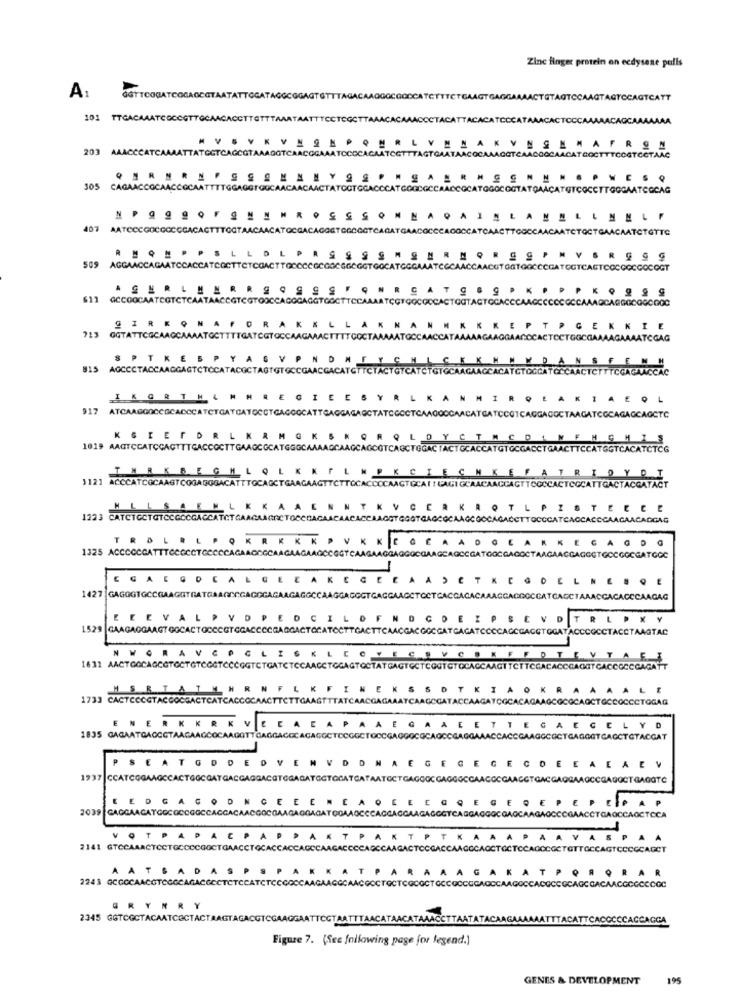
Zinc finger protein on ecdysene pulls
A1
ACAQCAA
MVS VKY NON
L
203 AAACCCATCAAAATTATGGTCAGCGTAAADGTCAACOG
COCAAAGOTCAACOCCAACATGOOTTTCOGTCCTAAC
WC
305 CAGAACCOCAACCOCAATTTTGGAGGTGUCA
CAACAACTATOOT
CATGGOCOGT
CATGTCOCCTTGOGAATCGCAG
NPQQQQFENNNR
HLANELINNLF
AATCCCGOCGOCCCACACTTTOGTAACAACATOCGACA
ETCCCCCTCAGAT
COCCCACOCCATCAACTTGGCCAACAATCTOCTGAACAATCTGTTC
REQ EPPS LLO L PI
509
AGGAACCAGAATCCACCATCOCTTCTCGACTTGOCCCGCGGGGGGGGTGOC
ASERLENRRSOSSS
@CCOOCAATCGTCTCAATAACCGTCGTOOCCAG
COTAGTOCACCCAAGCCCCCCCCAAAQCAGGGGGGGG00
213
BIRKONA
KEPTPGEKKIE
GGTATTCGCAAGCAAAATGOTTTTGATCGTO
AGAAGGAACCCACTOCTGGCGAAAAGAAAATCGAG
SPTKESPYAGV
MWDANSFEN
815
AGCCCTACCAAGGAGTCTCCATACGCTAGTGTG
IKGRTHL
AKIAEQL
917 ATCAAGROCCOCADCCATCTCATCATOCCTCAGO
CCTCA400CCAACATGATCCOTCAGGACOCTAAGATCGCAGAGCAGCTC
KGREFDRL KRM
1019 AAGTCCATCGAGTTTCACCOCTTGAAGGGCATGGGCA
AGCTGGACTA
ATGTGCGACCTGAACTTCCATGGTCACATCTCG
THRKREGHLOL
1121 ACCCATCOCAAGTCOGAGGGACATTTOCAGCT
FATRIDYDI
ACCACTTCOCCACTCGCATTGACTACCATACT
ISTEEEE
1223 CATCTGCTGTOCGOCGACCATCT CAAGAAGRE
ACCTTOCCCATCACCACOCAAGAACADGAG
TROLRL POKRK
KEGAGDG
1325 ACCCCCCATTTCCCCCTCCCCCAGAACCCCAA
SOCGAGOC
AAGAACGAGGGTGCCGGCGATGGC
BOCCATCACCTAAACCACACCCAAGAG
EE E VAL D V OPE
D
TRLPKY
1529
GAAGAGGAAGT GOCACTOCCCGT GGACCCCGA
AGGTOGATACCCOCCTACCTAAGTAC
NWOHAVEOGLI
R
LA
A A
1733 CACTCCOGTACCOCGACTCATCACCO
COCAC
ENERKKRK.
GAECELYD
1835 GAGAATGAGOGTAA
GOTTCAO
CCACCGAAGGCOCTGAGGGTCAGCTGTACGAT
E
EE
TOGTO
COCGAACC
GAOGA
OCT GAGOTĆ
REDGAGODN CEEE
ACGOCGA
PEPEIP
OCOAO
BCCCGAACCTGAQCCAOCTCCA
VOTPAPA CPAP
2141 GTCCAAACTCCTGCCCCGOCTGAACCTGCACC
OCTOCTCCAGOCGCTGTTGCCAGTCCCGCAGCT
AATSADA
AKAT POR
Q RAR
AAGAAGGCAACGOCTOCT
GRYNRY
2345 GGTCGCTACAATCECTACTAAGTAGACGTCGAAGGAATTOGTAATTTAACATAACA
ATACAAGALA
ATTTACATTCACOCCCACCAGGA
Figure 7. (See following page for legend.]
GENES & DEVELOPMENT
195